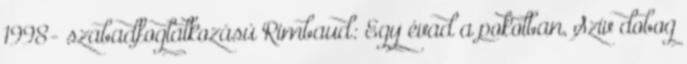
1998- szabadfoglalkozású Rimbaud: Egy évad a pokolban, Szív dobog